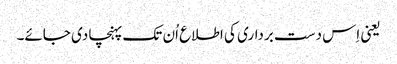
یعنی اِس دست برداری کی اطلاع اُن تک پہنچا دی جائے۔